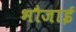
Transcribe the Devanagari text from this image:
भौजाई